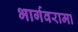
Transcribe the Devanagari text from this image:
भार्गवरामा